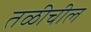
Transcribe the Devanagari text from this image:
तळीचील